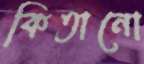
কিতানো